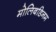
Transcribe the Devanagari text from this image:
मोलिबडिनम